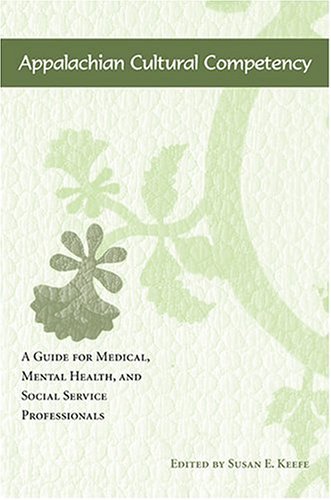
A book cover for Appalachian Cultural Competency: A Guide for Medical, Mental Health, and Social Service Professionals; Politics & Social Sciences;